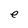
Character: e